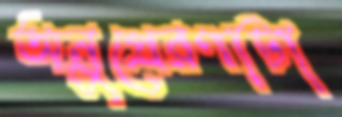
অনুপ্রেরণাটা